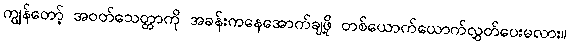
ကျွန်တော့် အဝတ်သေတ္တာကို အခန်းကနေအောက်ချဖို့ တစ်ယောက်ယောက်လွှတ်ပေးမလား။